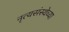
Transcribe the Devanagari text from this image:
नृत्यसंस्थेच्या